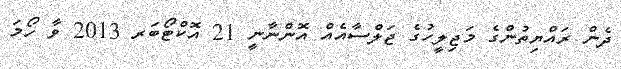
ދެން ރައްޔިތުންގެ މަޖިލީހުގެ ޖަލްސާއެއް އޮންނާނީ 21 އޮކްޓޯބަރ 2013 ވާ ހޯމަ